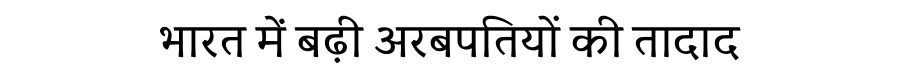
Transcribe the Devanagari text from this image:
भारत में बढ़ी अरबपतियों की तादाद